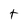
Character: t